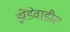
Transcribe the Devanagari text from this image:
झेंडेवाडीत